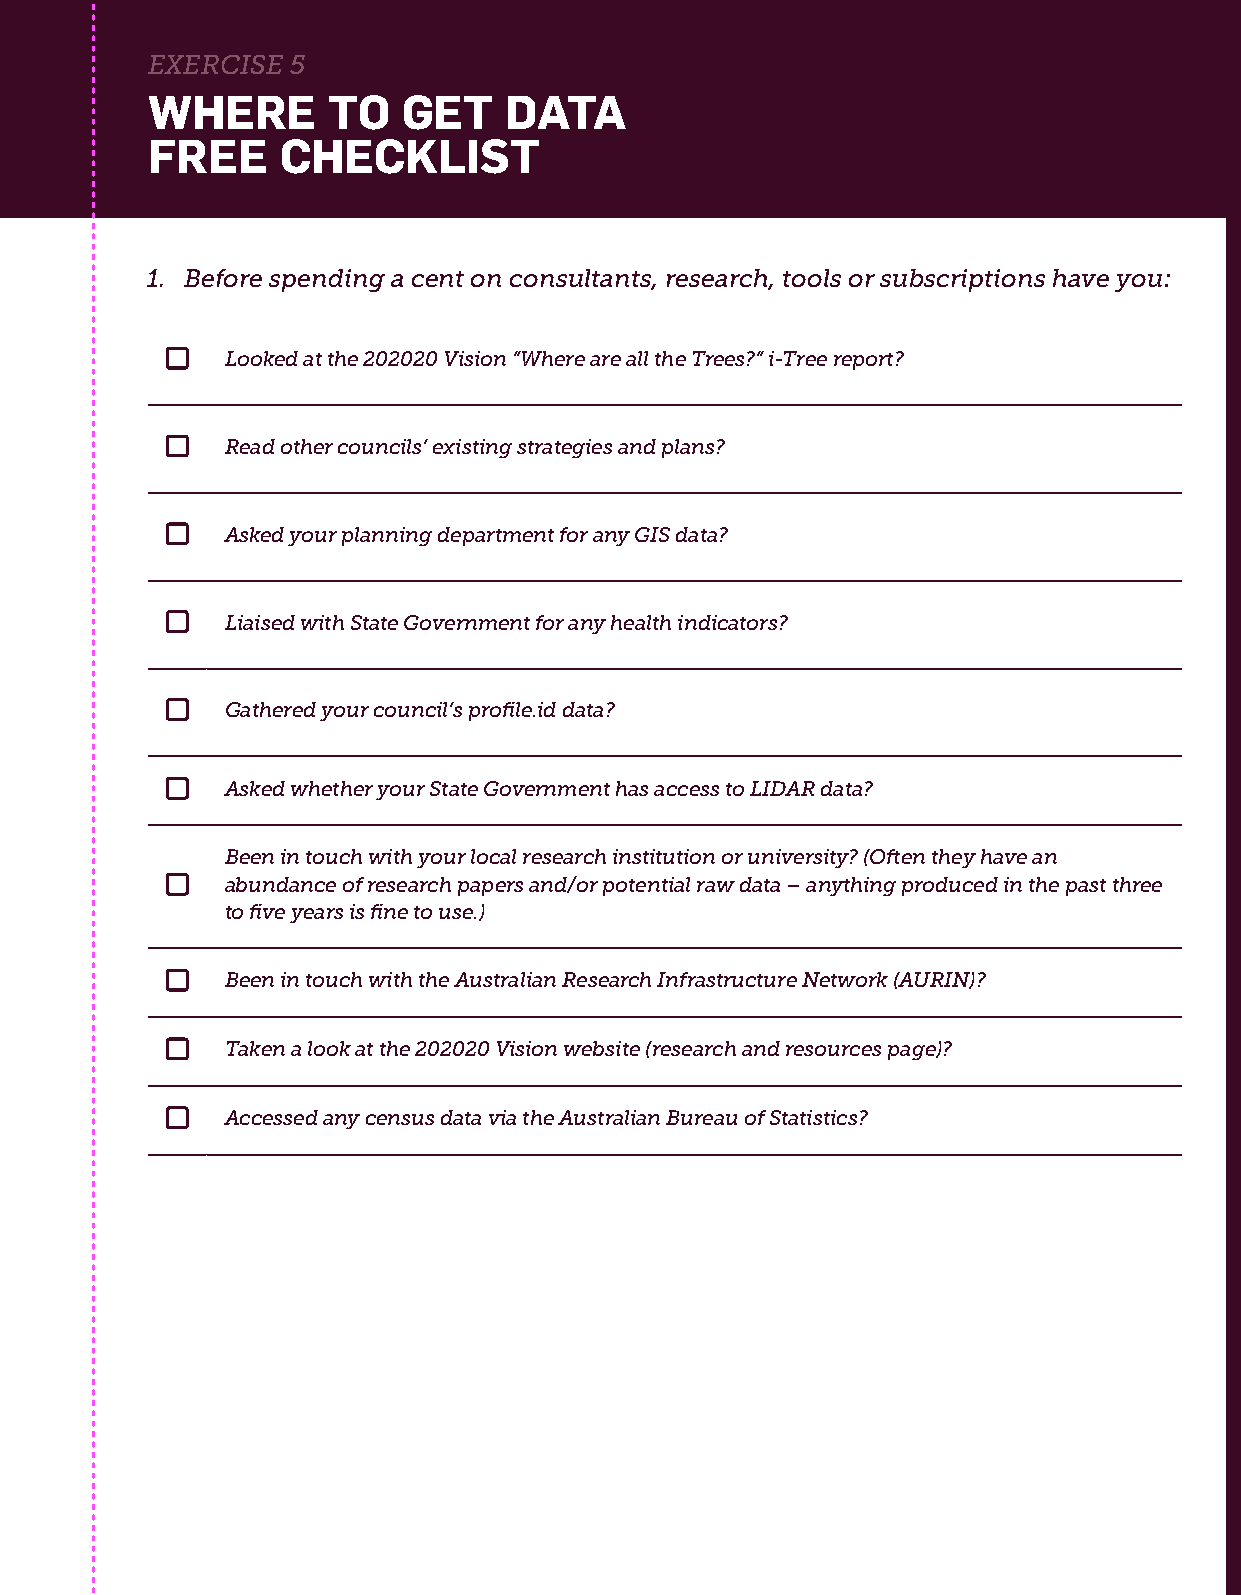
EXERCISE 5
 WHERE       TO   GET   DATA
 FREE     CHECKLIST
 1. Before spending a cent on consultants, research, tools or subscriptions have you:
 Looked at the 202020 Vision “Where are all the Trees?” i-Tree report?
 Read other councils’ existing strategies and plans?
 Asked your planning department for any GIS data?
 Liaised with State Government for any health indicators?
 Gathered your council’s profile.id data?
 Asked whether your State Government has access to LIDAR data?
 Been in touch with your local research institution or university? (Often they have an
 abundance of research papers and/or potential raw data – anything produced in the past three
 to five years is fine to use.)
 Been in touch with the Australian Research Infrastructure Network (AURIN)?
 Taken a look at the 202020 Vision website (research and resources page)?
 Accessed any census data via the Australian Bureau of Statistics?